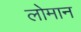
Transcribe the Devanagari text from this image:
लोमान